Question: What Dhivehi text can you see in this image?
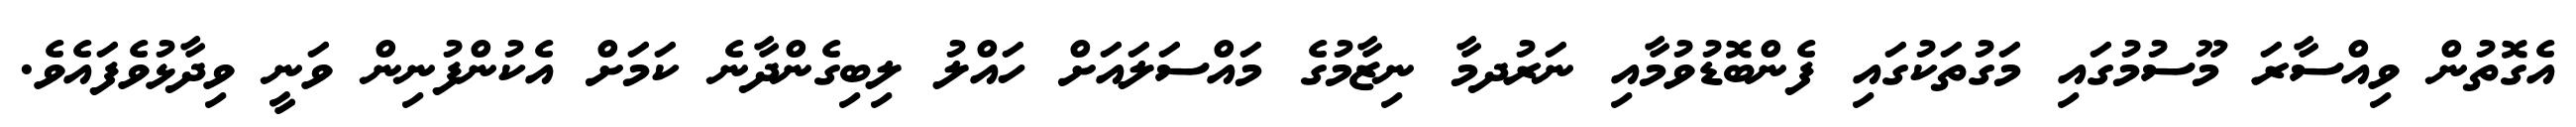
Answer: އެގޮތުން ވިއްސާރަ މޫސުމުގައި މަގުތަކުގައި ފެންބޮޑުވުމާއި ނަރުދމާ ނިޒާމުގެ މައްސަލައަށް ހައްލު ލިބިގެންދާނެ ކަމަށް އެކުންފުނިން ވަނީ ވިދާޅުވެފައެވެ.